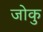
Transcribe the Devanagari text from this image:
जोकु